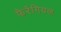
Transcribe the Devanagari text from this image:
फैरेंगियल